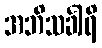
အဘိသင်္ခါရိ